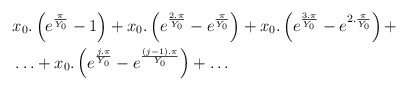
\begin{align*}&x_0.\left(e^{\frac{\pi }{Y_0}}-1\right)+x_0.\left(e^{\frac{2.\pi }{Y_0}}-e^{\frac{\pi }{Y_0}}\right)+x_0.\left(e^{\frac{3.\pi }{Y_0}}-e^{2.\frac{\pi }{Y_0}}\right)+\\&\ldots +x_0.\left(e^{\frac{j.\pi }{Y_0}}-e^{\frac{(j-1).\pi }{Y_0}}\right)+\ldots \end{align*}